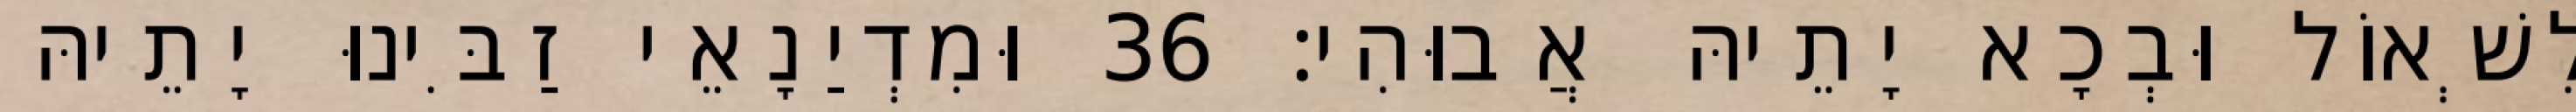
לִשְׁאוֹל וּבְכָא יָתֵיהּ אֲבוּהִי׃ 36 וּמִדְיַנָאֵי זַבִּינוּ יָתֵיהּ